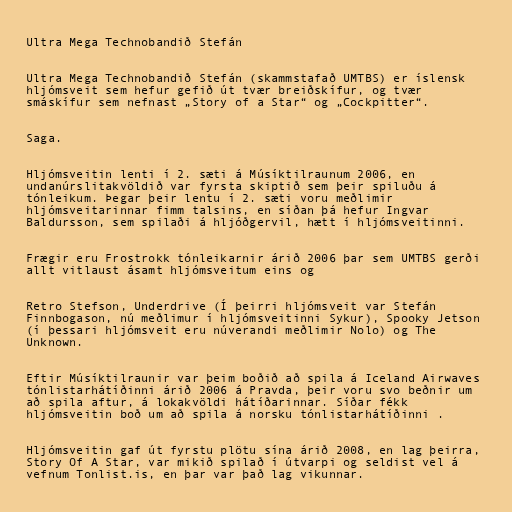
Ultra Mega Technobandið Stefán

Ultra Mega Technobandið Stefán (skammstafað UMTBS) er íslensk
hljómsveit sem hefur gefið út tvær breiðskífur, og tvær
smáskífur sem nefnast „Story of a Star“ og „Cockpitter“.

Saga.

Hljómsveitin lenti í 2. sæti á Músíktilraunum 2006, en
undanúrslitakvöldið var fyrsta skiptið sem þeir spiluðu á
tónleikum. Þegar þeir lentu í 2. sæti voru meðlimir
hljómsveitarinnar fimm talsins, en síðan þá hefur Ingvar
Baldursson, sem spilaði á hljóðgervil, hætt í hljómsveitinni.

Frægir eru Frostrokk tónleikarnir árið 2006 þar sem UMTBS gerði
allt vitlaust ásamt hljómsveitum eins og

Retro Stefson, Underdrive (Í þeirri hljómsveit var Stefán
Finnbogason, nú meðlimur í hljómsveitinni Sykur), Spooky Jetson
(í þessari hljómsveit eru núverandi meðlimir Nolo) og The
Unknown.

Eftir Músíktilraunir var þeim boðið að spila á Iceland Airwaves
tónlistarhátíðinni árið 2006 á Pravda, þeir voru svo beðnir um
að spila aftur, á lokakvöldi hátíðarinnar. Síðar fékk
hljómsveitin boð um að spila á norsku tónlistarhátíðinni .

Hljómsveitin gaf út fyrstu plötu sína árið 2008, en lag þeirra,
Story Of A Star, var mikið spilað í útvarpi og seldist vel á
vefnum Tonlist.is, en þar var það lag vikunnar.